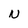
Character: N